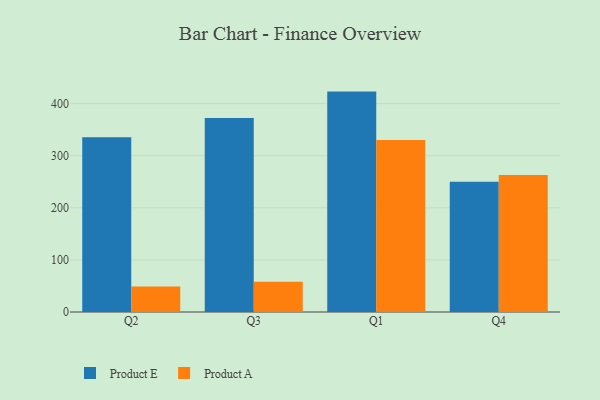
{"axis": {"x": "Quarter", "y": "Market Share (%)"}, "legend": ["Product A", "Product E"], "data": [{"x": "Q2", "y": 335.2, "type": "Product E"}, {"x": "Q2", "y": 48.8, "type": "Product A"}, {"x": "Q3", "y": 372.1, "type": "Product E"}, {"x": "Q3", "y": 58.1, "type": "Product A"}, {"x": "Q1", "y": 423.0, "type": "Product E"}, {"x": "Q1", "y": 329.9, "type": "Product A"}, {"x": "Q4", "y": 249.8, "type": "Product E"}, {"x": "Q4", "y": 263.0, "type": "Product A"}]}